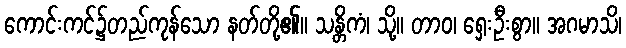
ကောင်းကင်၌တည်ကုန်သော နတ်တို့၏။ သန္တိကံ၊ သို့။ တာဝ၊ ရှေးဦးစွာ။ အဂမာသိ၊